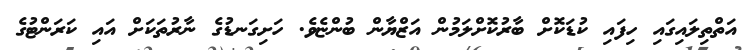
އަތްތިލައިގައި ހިފައި ކުޑަކޮށް ބާރުކޮށްލަމުން އަޒްޔާން ބުންޏެވެ. ހަށިގަނޑުގެ ނާރުތަކަށް އައި ކަރަންޓުގެ